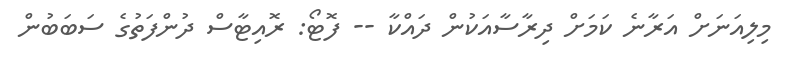
މިލިއަނަށް އަރާނެ ކަމަށް ދިރާސާއަކުން ދައްކާ -- ފޮޓޯ: ރޮއިޓާސް ދުންފަތުގެ ސަބަބުން